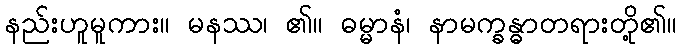
နည်းဟူမူကား။ မနဿ၊ ၏။ ဓမ္မာနံ၊ နာမက္ခန္ဓာတရားတို့၏။